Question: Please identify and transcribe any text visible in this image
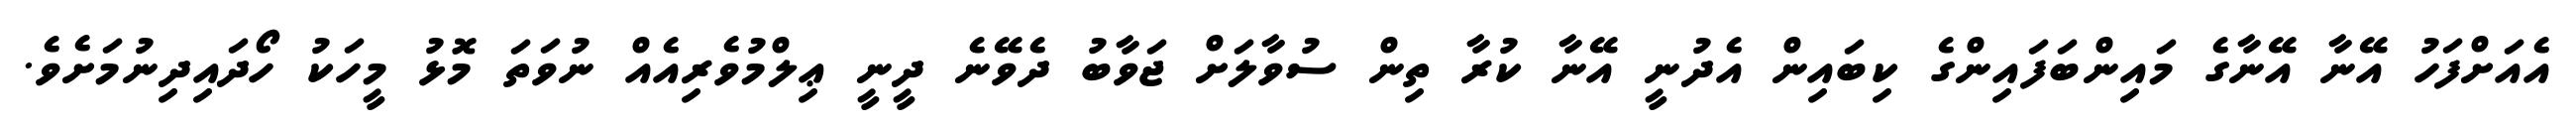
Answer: އެއަށްފަހު އޭނާ އޭނާގެ މައިންބަފައިންގެ ކިބައިން އެދުނީ އޭނާ ކުރާ ތިން ސުވާލަށް ޖަވާބު ދެވޭނެ ދީނީ ޢިލްމުވެރިއެއް ނުވަތަ މޮޅު މީހަކު ހޯދައިދިނުމަށެވެ.